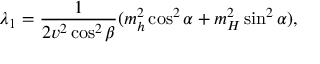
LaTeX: \lambda _ { 1 } = \frac { 1 } { 2 v ^ { 2 } \cos ^ { 2 } \beta } ( m _ { h } ^ { 2 } \cos ^ { 2 } \alpha + m _ { H } ^ { 2 } \sin ^ { 2 } \alpha ) ,